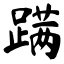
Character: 蹒